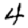
Digit: 4